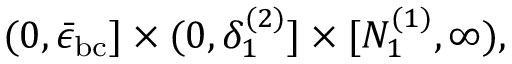
( 0 , \bar { \epsilon } _ { \mathrm { b c } } ] \times ( 0 , \delta _ { 1 } ^ { ( 2 ) } ] \times [ N _ { 1 } ^ { ( 1 ) } , \infty ) ,